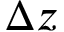
\Delta z